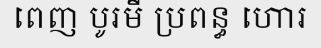
ពេញ បូរមី ប្រពន្ធ ហោរ